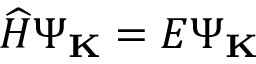
\widehat { H } \Psi _ { \bf K } = E \Psi _ { \bf K }